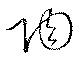
陶